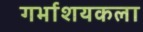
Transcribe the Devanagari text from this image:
गर्भाशयकला